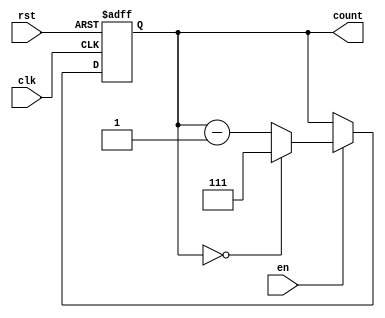
module binary_down_counter #(
    parameter N = 3 // Parameter for the number of bits (can be changed as needed)
)(
    input wire clk,        // Clock input
    input wire rst,        // Asynchronous reset input
    input wire en,         // Enable input
    output reg [N-1:0] count // Counter output
);

    // Maximum value for the counter (2^N - 1)
    localparam MAX_COUNT = (1 << N) - 1;

    // Always block to describe the counter behavior
    always @(posedge clk or posedge rst) begin
        if (rst) begin
            // Reset the counter to the maximum value
            count <= MAX_COUNT;
        end else if (en) begin
            // Decrement the counter if enabled
            if (count == 0) begin
                count <= MAX_COUNT; // Wrap around to maximum value
            end else begin
                count <= count - 1; // Decrement the counter
            end
        end
        // If enable is low, hold the current value (do nothing)
    end

    // Initial block for simulation purposes (optional)
    initial begin
        count = MAX_COUNT; // Initialize count to maximum value
    end

endmodule